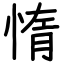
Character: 惰